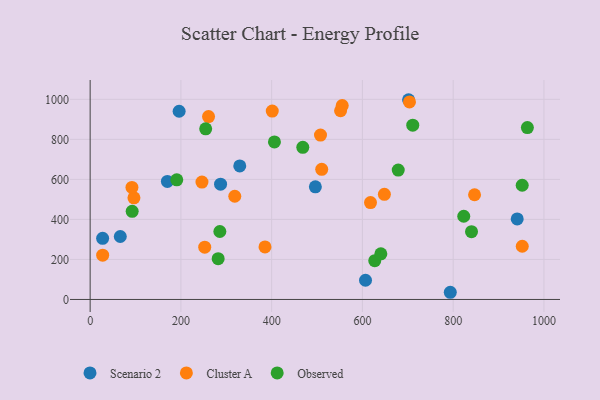
{"axis": {"x": "Engine Size", "y": "Rating"}, "legend": ["Cluster A", "Observed", "Scenario 2"], "data": [{"x": "496.3", "y": 562.9, "type": "Scenario 2"}, {"x": "196.1", "y": 940.5, "type": "Scenario 2"}, {"x": "170.2", "y": 590.0, "type": "Scenario 2"}, {"x": "793.6", "y": 35.9, "type": "Scenario 2"}, {"x": "27.5", "y": 305.6, "type": "Scenario 2"}, {"x": "701.7", "y": 998.1, "type": "Scenario 2"}, {"x": "941.1", "y": 402.2, "type": "Scenario 2"}, {"x": "329.7", "y": 667.5, "type": "Scenario 2"}, {"x": "66.4", "y": 314.6, "type": "Scenario 2"}, {"x": "606.8", "y": 96.0, "type": "Scenario 2"}, {"x": "287.4", "y": 576.0, "type": "Scenario 2"}, {"x": "401.3", "y": 941.3, "type": "Cluster A"}, {"x": "648.4", "y": 525.6, "type": "Cluster A"}, {"x": "617.8", "y": 484.3, "type": "Cluster A"}, {"x": "703.7", "y": 987.0, "type": "Cluster A"}, {"x": "260.9", "y": 913.7, "type": "Cluster A"}, {"x": "246.4", "y": 586.7, "type": "Cluster A"}, {"x": "252.5", "y": 261.3, "type": "Cluster A"}, {"x": "952.2", "y": 265.8, "type": "Cluster A"}, {"x": "318.7", "y": 515.8, "type": "Cluster A"}, {"x": "385.3", "y": 262.5, "type": "Cluster A"}, {"x": "551.8", "y": 942.9, "type": "Cluster A"}, {"x": "510.3", "y": 650.2, "type": "Cluster A"}, {"x": "27.6", "y": 221.3, "type": "Cluster A"}, {"x": "847.1", "y": 523.2, "type": "Cluster A"}, {"x": "507.6", "y": 821.3, "type": "Cluster A"}, {"x": "96.5", "y": 507.8, "type": "Cluster A"}, {"x": "92.1", "y": 560.0, "type": "Cluster A"}, {"x": "555.5", "y": 969.0, "type": "Cluster A"}, {"x": "282.1", "y": 203.8, "type": "Observed"}, {"x": "963.5", "y": 858.7, "type": "Observed"}, {"x": "92.6", "y": 440.3, "type": "Observed"}, {"x": "285.8", "y": 339.7, "type": "Observed"}, {"x": "190.9", "y": 598.0, "type": "Observed"}, {"x": "627.2", "y": 193.8, "type": "Observed"}, {"x": "678.9", "y": 646.7, "type": "Observed"}, {"x": "406.1", "y": 787.0, "type": "Observed"}, {"x": "823.3", "y": 415.8, "type": "Observed"}, {"x": "952.1", "y": 570.6, "type": "Observed"}, {"x": "710.9", "y": 870.7, "type": "Observed"}, {"x": "468.6", "y": 760.4, "type": "Observed"}, {"x": "640.6", "y": 228.0, "type": "Observed"}, {"x": "254.6", "y": 852.9, "type": "Observed"}, {"x": "840.4", "y": 338.9, "type": "Observed"}]}